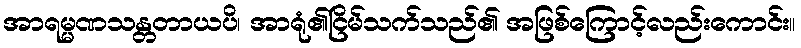
အာရမ္မဏသန္တတာယပိ၊ အာရုံ၏ငြိမ်သက်သည်၏ အဖြစ်ကြောင့်လည်းကောင်း။